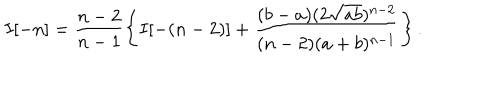
I [ - n ] = \frac { n - 2 } { n - 1 } \left\{ I [ - ( n - 2 ) ] + \frac { ( b - a ) ( 2 \sqrt { a b } ) ^ { n - 2 } } { ( n - 2 ) ( a + b ) ^ { n - 1 } } \right\} .